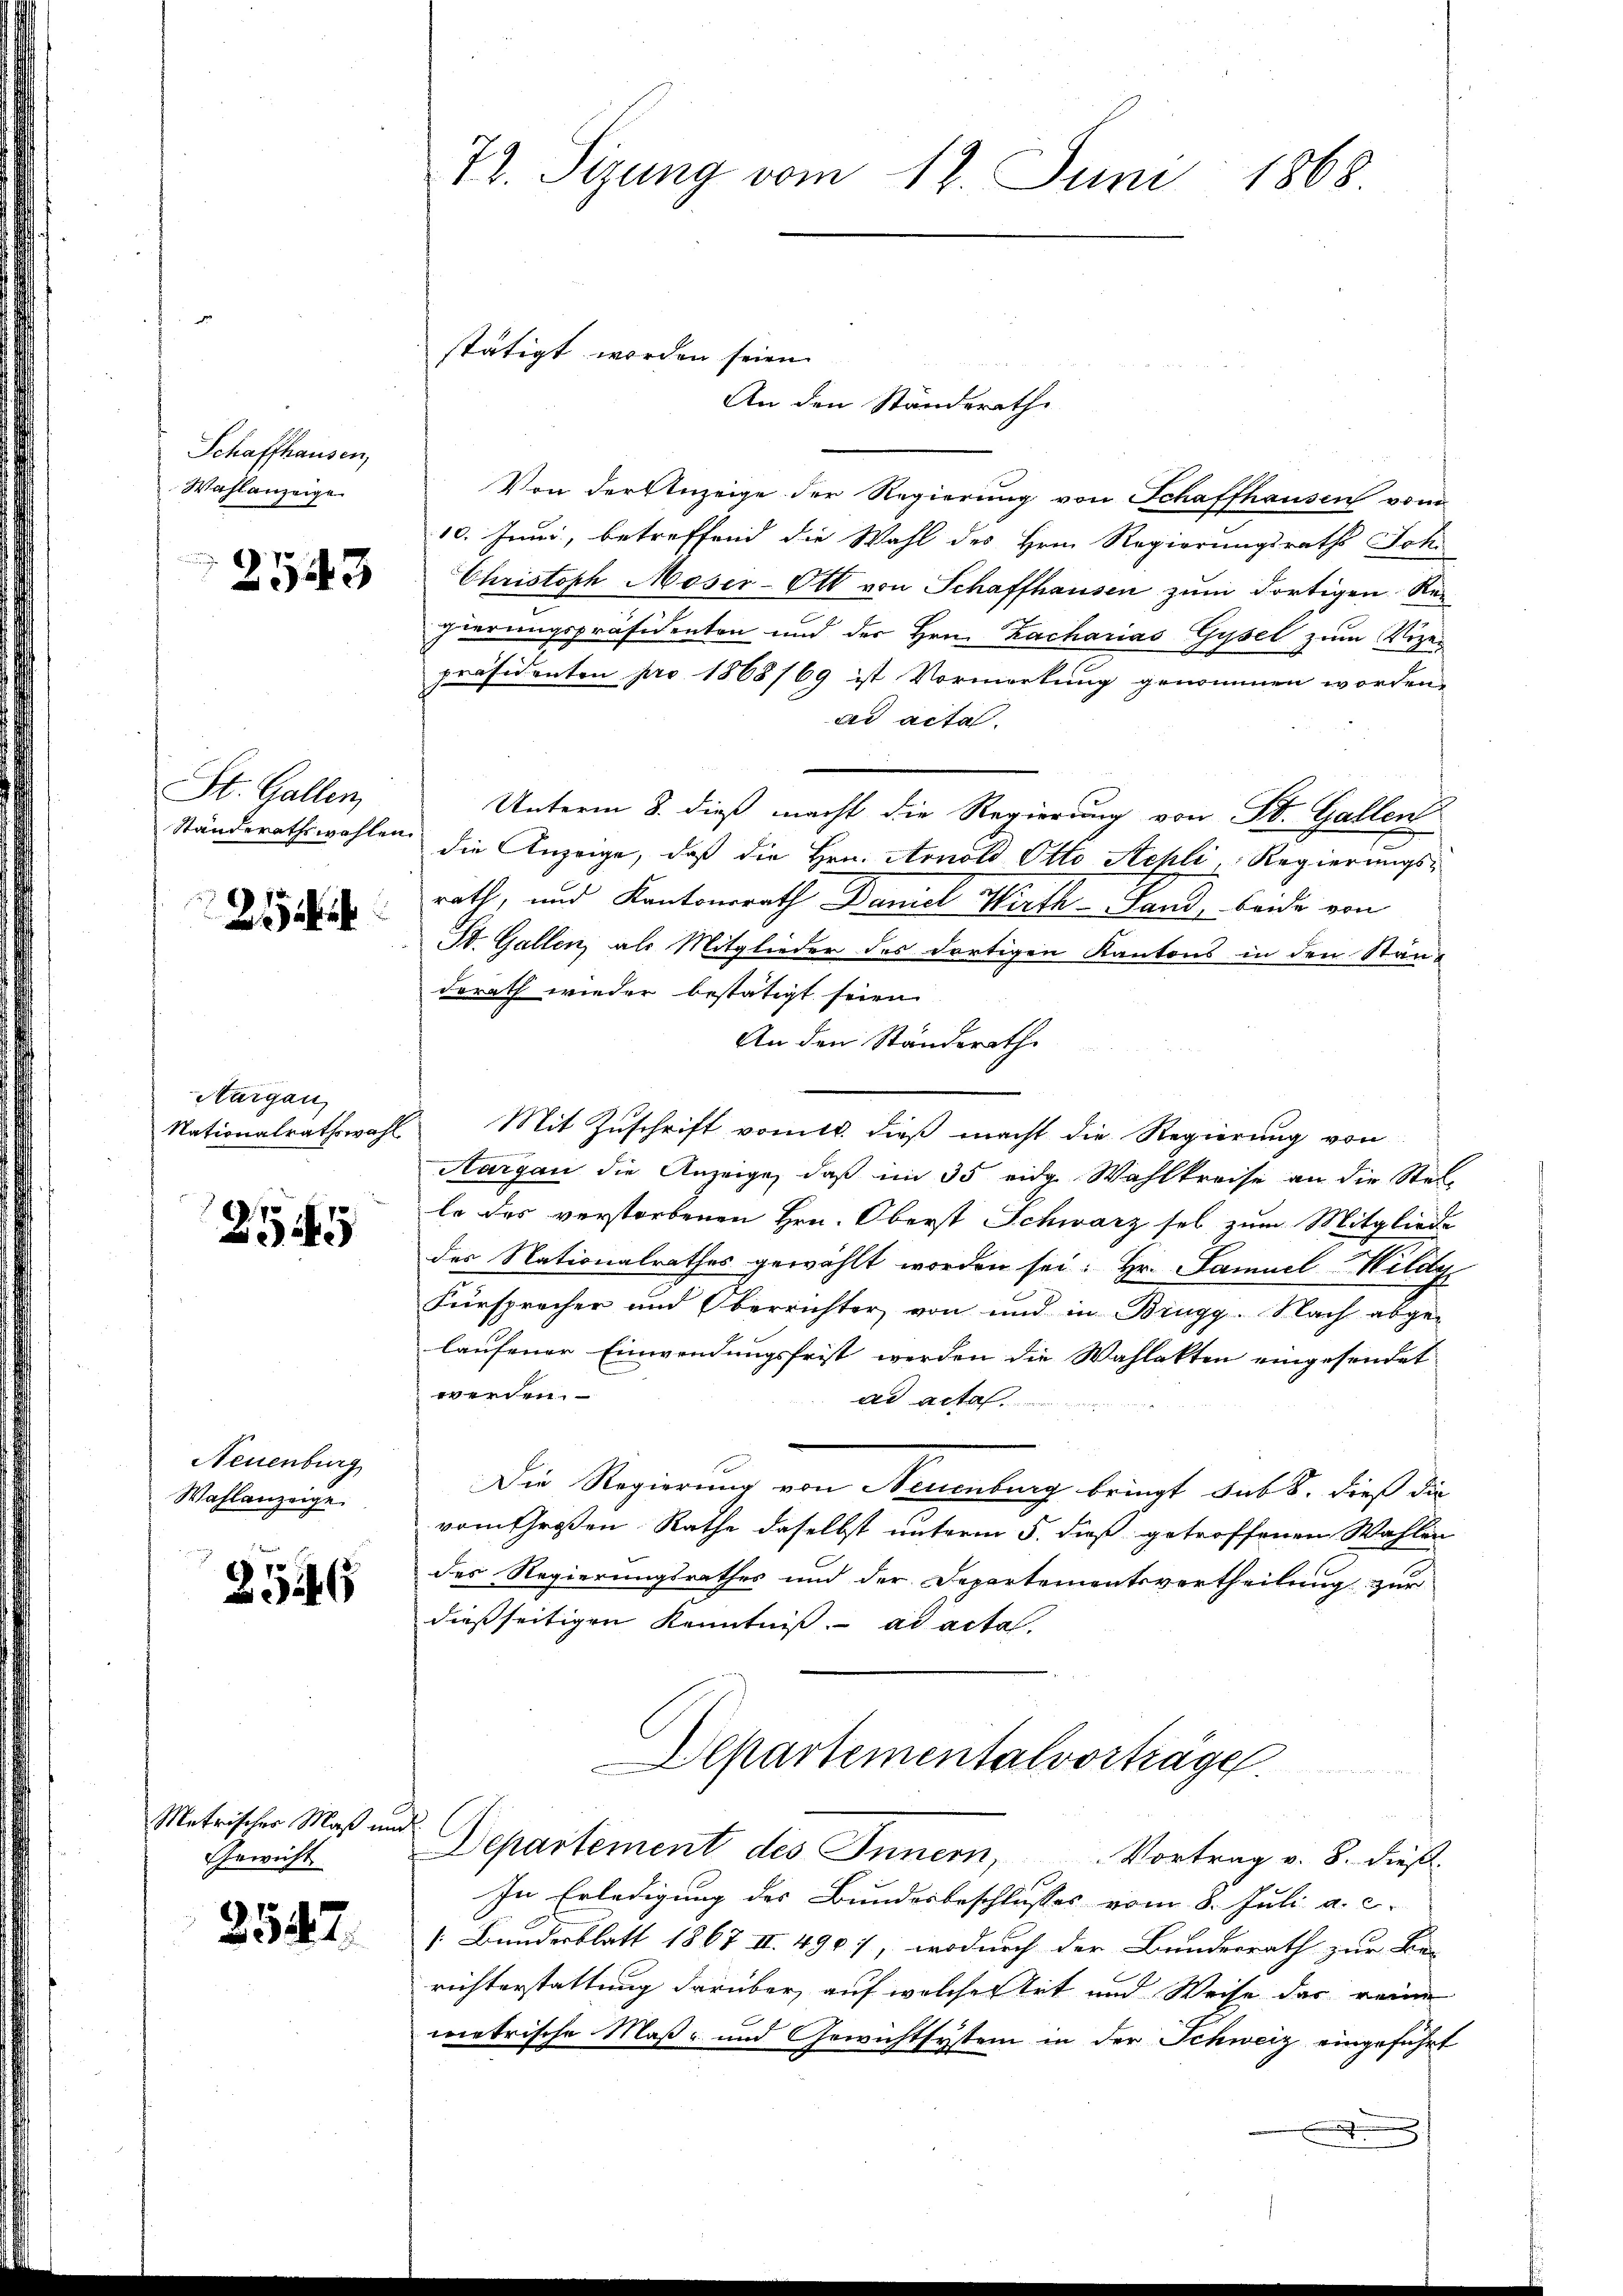
Schaffhausen,
Wahlanzeige

2543

St. Gallen,

21

Aargau

2545

Neuenburg
Wahlanzeige.

254

Metrischer Maß und
Gewicht

2547.

72. Sizung vom 12. Juni 1868.

An den Ständerath
Von der Anzeige der Regierung von Schaffhausen vom
10. Juni, betreffend die Wahl des Hrn. Regierungsraths Joh.
Christoph Moser-Ott von Schaffhausen zum dortigen Regierungspräsidenten und der Hrn. Zacharias Gysel zum Vizepräsidenten pro 1868/69 ist Vormerkung genommen worden,
ad acta.
Unterm 8. dieß macht die Regierung von St. Gallen
Ständerathswahlen, die Anzeige, daß die Hrn. Arnold Otto Stehli Regierungsrath, und Kantonsrath Daniel Wirth Land, beide von
St. Gallen, als Mitglieder des dortigen Kantons in den Standerath wieder bestätigt seien.
An den Standsrathe
Nationalrathswahl. Mit Zuschrift vom 18. dieß macht die Regierung von
Aargau die Anzeige, daß im 35 eidg. Wahlkreise an die Stel-
le des verstorbenen Hrn. Oberst Schwarz sel zum Mitgliede
des Nationalrathes gewählt worden sei: Hr. Samuel Wild
Fürsprecher und Oberrichter von und in Brugg. Nach abge-
laufener Einwendungsfrist werden die Wahlakten eingesendet
werden.
ad acta.
Die Regierung von Neuenburg bringt sub 8. dieß die
vom Großen Rathe daselbst unterm 5. dieß getroffenen Wahlen
des Regierungsrathes und der Departementsvertheilung zur
dießseitigen Kenntniß. ad acta.
Departementalvorträge.

Departement des Innern, Vortrag v. 8. dieß¬
In Erledigung des Bundesbeschlusses vom 8. Juli a. c.
[: Bundesblatt 1867 II. 490, wodurch der Bundesrath zur Be-
richterstattung darüber, auf welcher Art und Weise das reine
metrische Maß- und Gewichtsystem in der Schweiz eingeführt
3

stätigt worden seien.